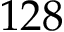
1 2 8